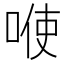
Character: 𭈓